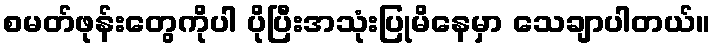
စမတ်ဖုန်းတွေကိုပါ ပိုပြီးအသုံးပြုမိနေမှာ သေချာပါတယ်။